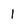
Character: 1